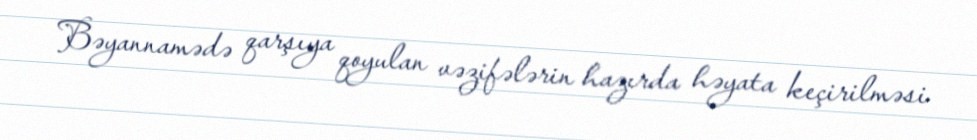
Bəyannamədə qarşıya qoyulan vəzifələrin hazırda həyata keçirilməsi